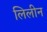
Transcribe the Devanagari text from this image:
लिलीन